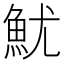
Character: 魷